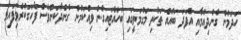
ހަދަމުން ގެންދިއުމާއި އެފަދަ ބައެއް ތަކެތި މަގުމަތީގައި ބަހައްޓައިގެން ވިއްކަމުން ގެންދާކަންވެސް ފާހަގަކުރެވިފައިވާ